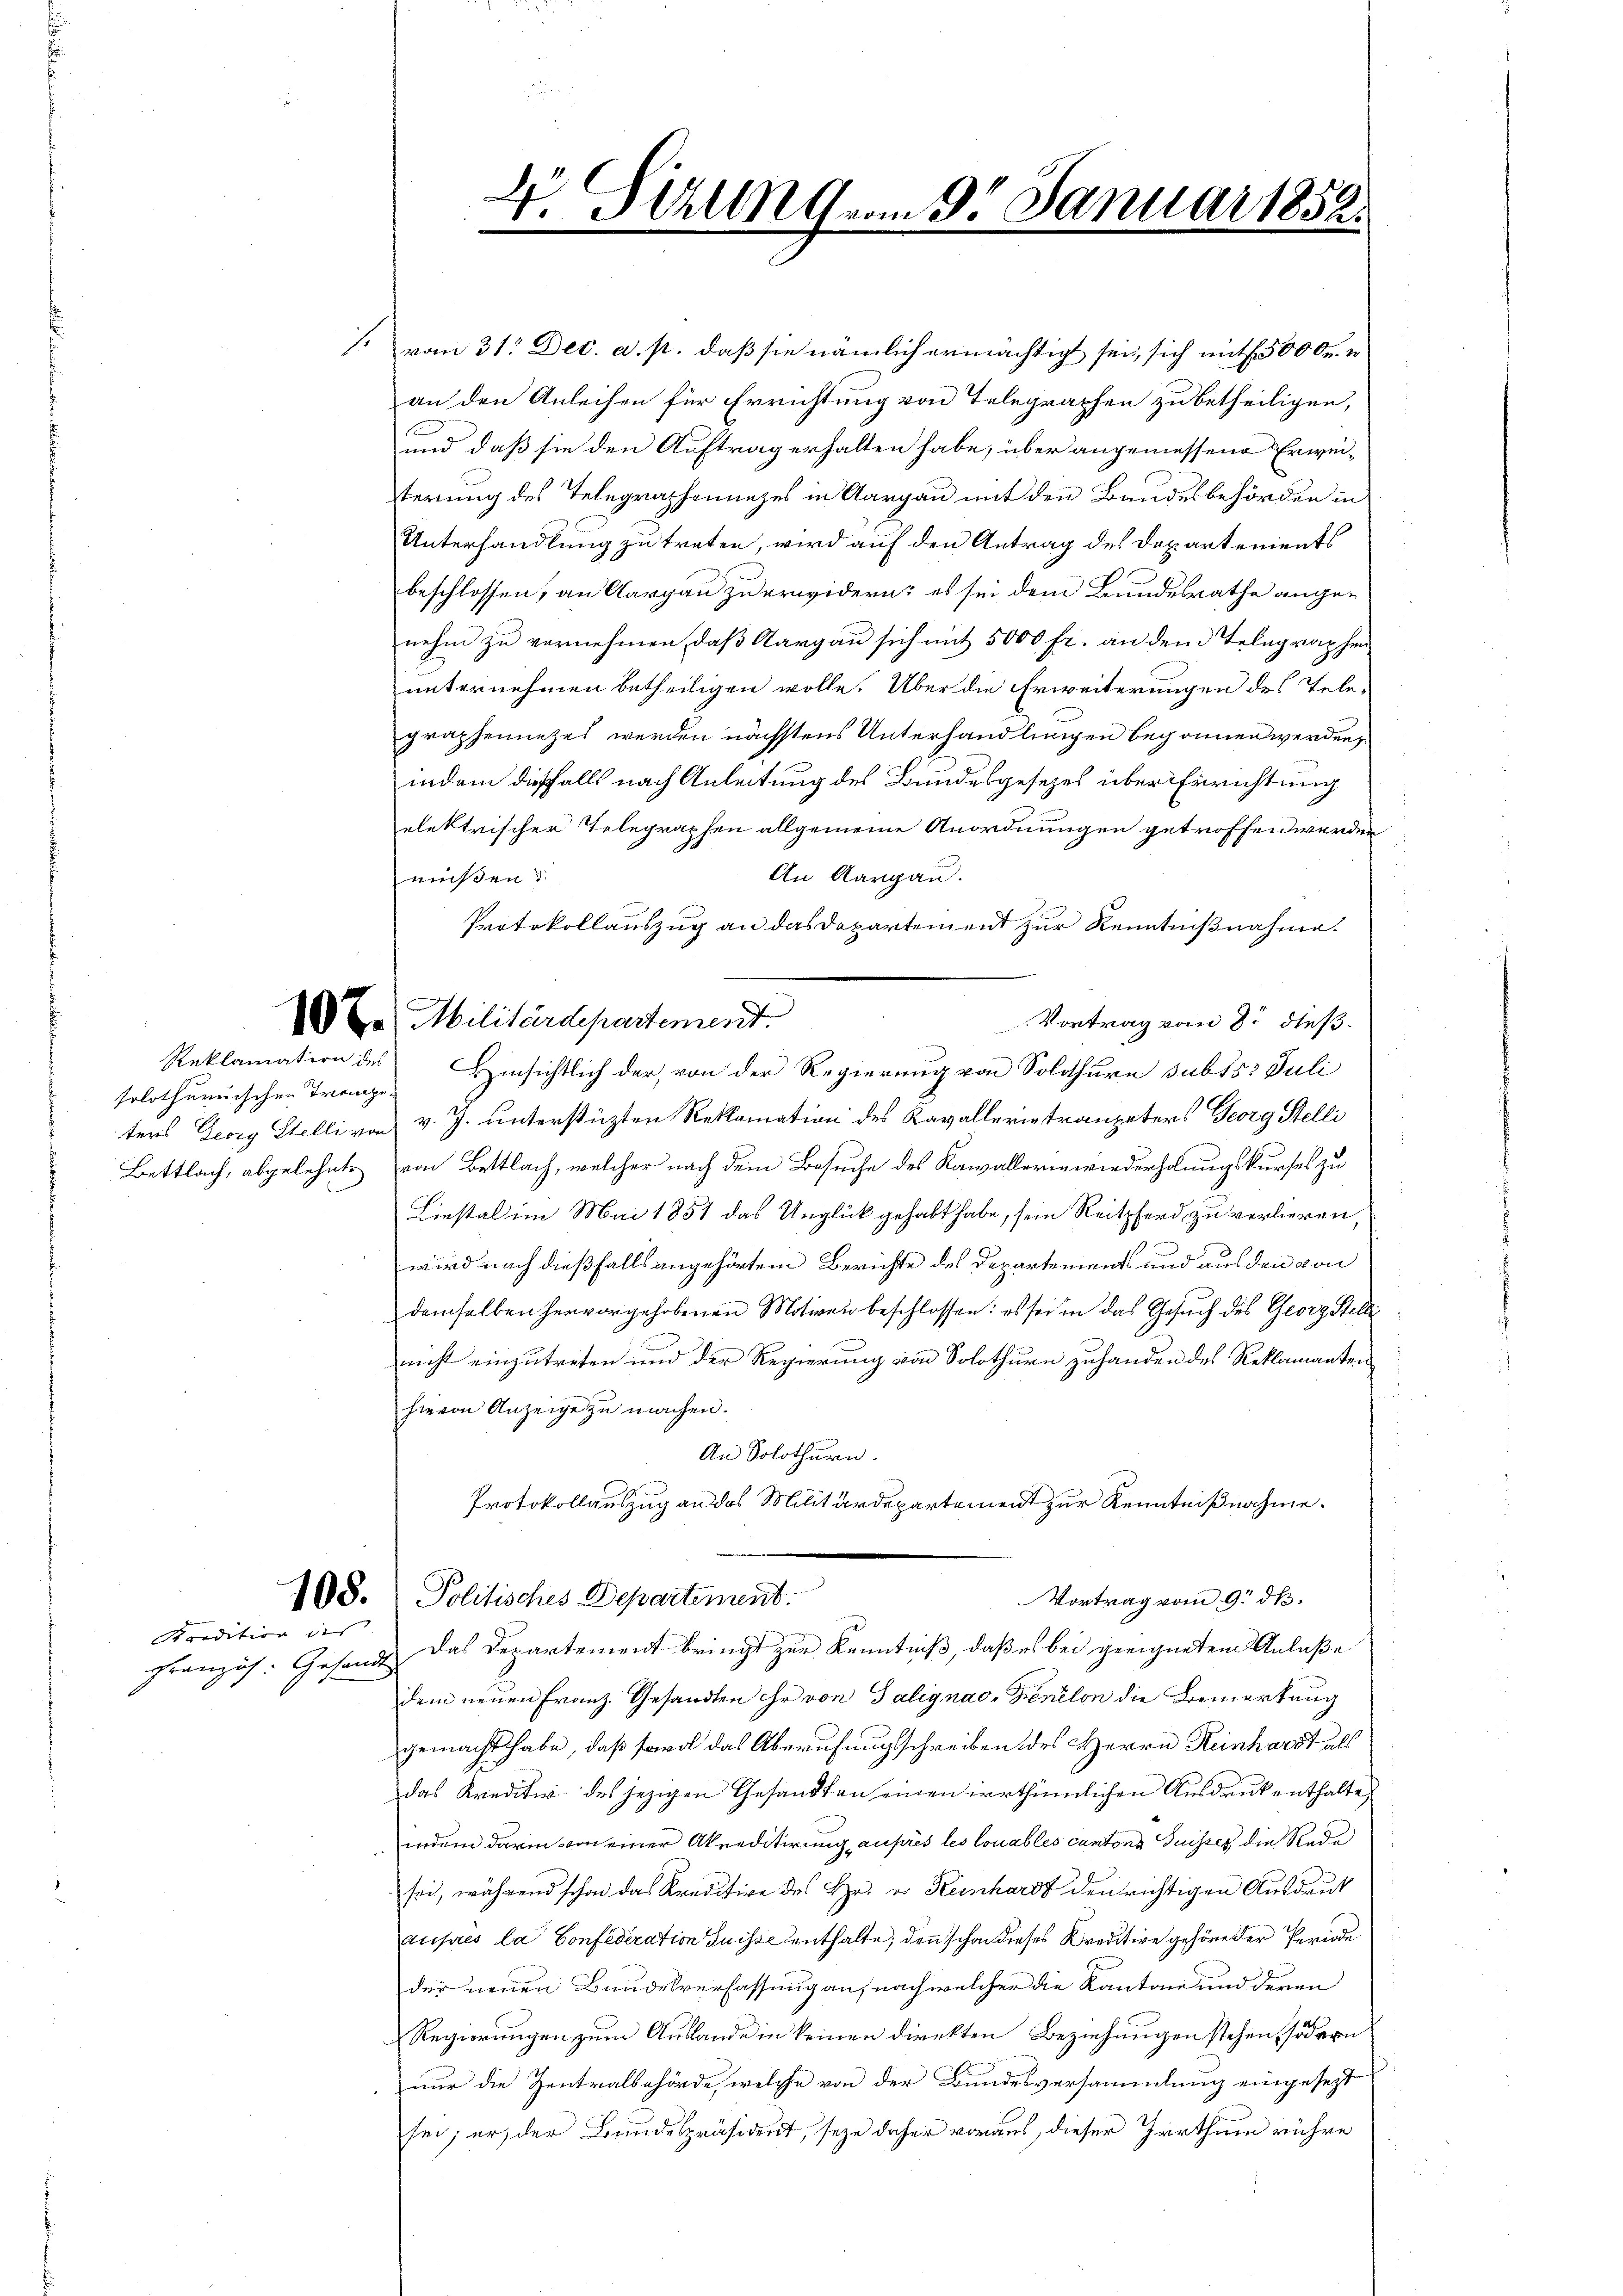
Reklamation des
solothurnischen Trompe¬

ondition des

e
V. Sellng vom 9. Januar 1852.

/. vom 31. Dec. a. p. daß sie nämlich ermächtigt sei, sich mit 500 Fr. u
an den Anleihen für Errichtung von Telegraphen zu betheiligen,
und daß sie den Auftrag erhalten habe, über angemessene Erweiterung des Telegraphennezes in Aargau mit den Bundesbehörden in
Unterhandlung zu treten, wird auf den Antrag des Departements
beschlossen, an Aargau zu erwidern; es sei dem Bundesrathe angenehm zu vernehmen, daß Aargau sich mit 5000 fr. an dem Telegraphen
unternehmen betheiligen wolle. Über die Erweiterungen des Telegraphennezes werden nächstens Unterhandlungen begonnen werden,
indem dießfalls nach Anleitung des Bundesgesetzes über Einrichtung
elektrischer Telegraphen allgemeine Anordnungen getroffen werden
An Aargau.
müßen:
Protokollauszug an das Departement zur Kenntnißnahme.
Vortrag vom 8. dieß.
2t. Militärdepartement.
n
Hinsichtlich der, von der Regierung von Solothurn subts Juli
ters Georg Stelli von v. J. unterstüzten Reklamation des Kavallerietraupeters Georg Stelli
Bettlach, abgelehnte von Bettlach, welcher nach dem Besuche des Kanallerin wiederholungskurses zu
Liestal im Mai 1857 das Unglück gehabt habe, sein Reitpferd zu verlieren
wird nach dießfalls angehörtem Berichte des Departement und aus den von
demselben hervorgehobenen Motiven beschlossen: es sei in das Gesuch des Georg Stelli
nicht einzutreten und der Regierung von Solothurn zuhanden des Reklamanten
¬
hievon Anzeige zu machen.
An Solothurn.
Protokollauszug an das Militärdepartement zur Kenntnißnahme.
Vortrag vom 9. ds.
108. Politisches Departement.
Französ. Gesandt das Departement bringt zur Kenntniß, daß es bei geeignetem Anlaße
dem neuen Franz. Gesandten ihr von Talignac-Fenelon die Bemerkung
gemacht habe, daß sowol das Aberufungsschreiben des Herrn Reinhardt als
das Kreditiv des jezigen Gesandten einen irrthümlichen Ausdruckenthalte
indem darin von einer Akreditirung auprès les louables cantons Suisses die Rede
sei, während schon das Kreditive des Hr. v. Keinhardt den richtigen Ausdruck
auses la Confederation Suisse enthalte; den schon dieses Kredition gehöre der Periode
der neuen Bundesverfassung an, nach welcher die Kantone und deren
Regierungen zum Auslande in keinen direkten Beziehungen stehen, sodann
nur die Zentralbehörde, welche von der Bundesversammlung eingesetzt
sei; er der Bundespräsident, seye daher voraus, dieser Irrthum rühre